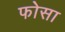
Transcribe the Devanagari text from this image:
फोसा